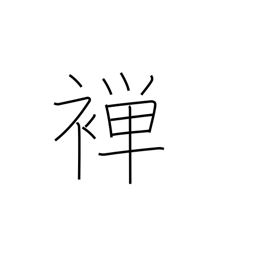
Meaning: thin kimono